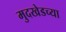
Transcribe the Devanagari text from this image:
मुदखेडच्या